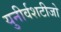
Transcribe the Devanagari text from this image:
युनीर्वशटीजो